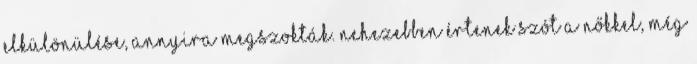
elkülönülése, annyira megszokták. Nehezebben értenek szót a nőkkel, még